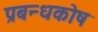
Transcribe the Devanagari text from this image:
प्रबन्धकोष